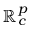
\mathbb { R } _ { c } ^ { p }